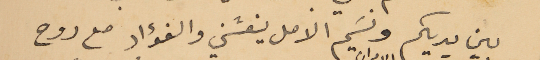
بين يديكم ونسَيم الامل ينعشني والفؤاد مع روح